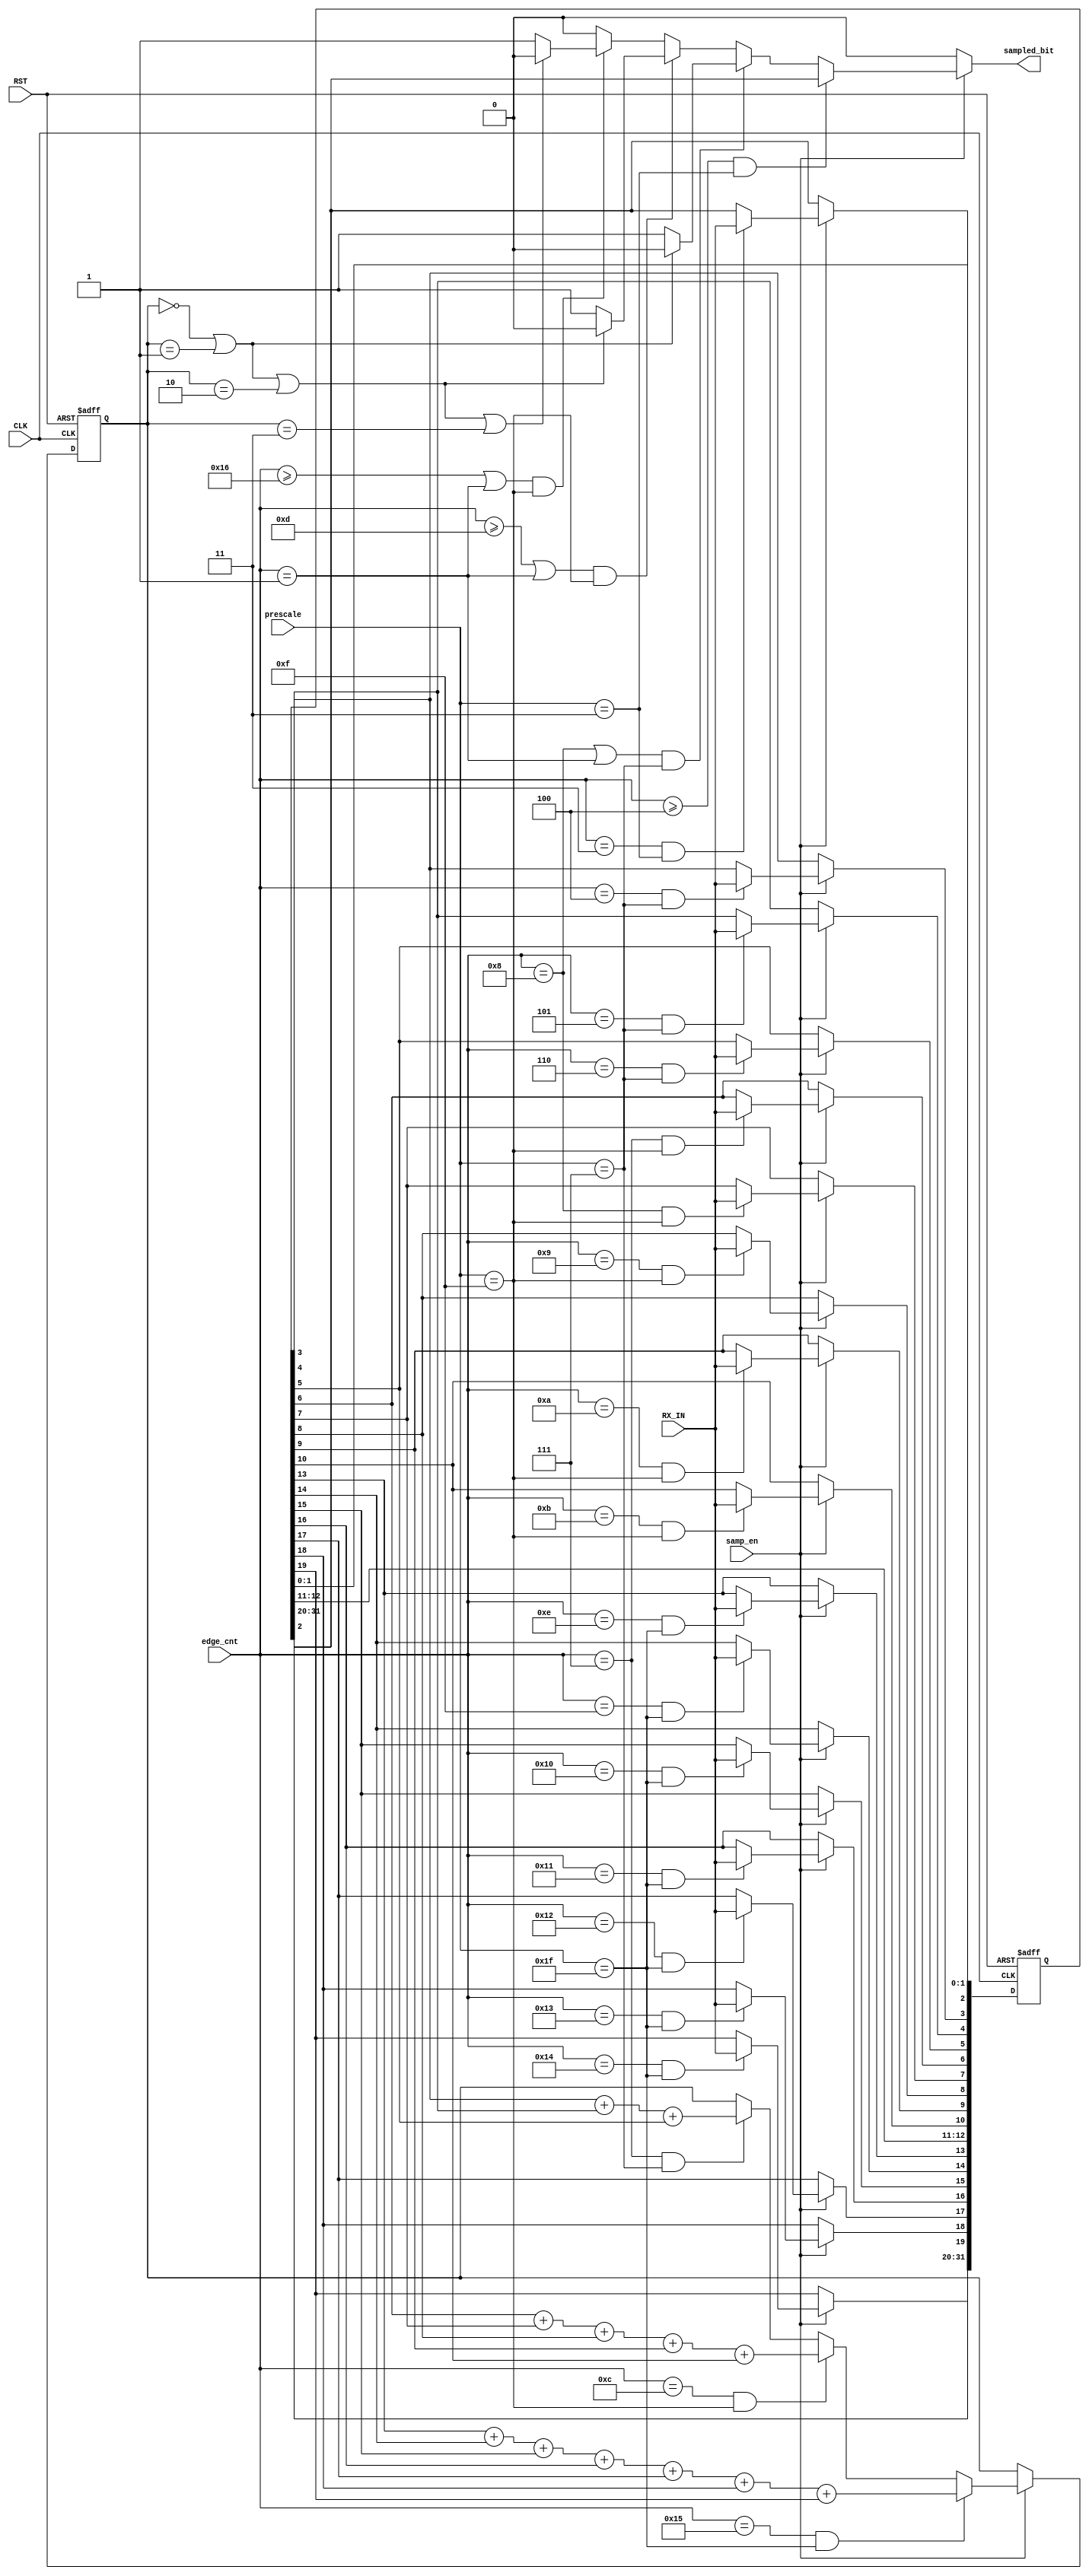
module data_sampling (
 input wire                                               RX_IN,CLK,RST,samp_en,
 input wire             [4:0]                           prescale,
 input wire             [4:0]                           edge_cnt,
 output reg                                              sampled_bit
);

reg                        [31:0]                         edge_bits ;
reg                        [2:0]                           sum ;

always @(*)
 begin
     if (samp_en) 
	  begin
	     if(edge_cnt>=5'b100 & prescale==5'b11)
		  sampled_bit=edge_bits[2] ;
	     
		 else if (((edge_cnt==5'b1000)|(edge_cnt==5'b1)) & (prescale==5'b111))
	      begin
	         if (sum==3'b0 | sum==3'b1)
		      sampled_bit=1'b0 ;
		     else  // if (sum==3'b10 | sum==3'b11)
		      sampled_bit=1'b1 ;
	     end
	 
	     else if (((edge_cnt>=5'b1101)|(edge_cnt==5'b1))&( prescale==5'b1111))
	      begin
	         if (sum==3'b0 | sum==3'b1 | sum==3'b10)
		      sampled_bit=1'b0 ;
		     else
		      sampled_bit=1'b1 ;
	     end
	 
	     else if (((edge_cnt>=5'b10110)|(edge_cnt==5'b1))&(prescale==5'b1111))
	      begin
	         if (sum==3'b0 | sum==3'b1 | sum==3'b10 | sum==3'b11)
		      sampled_bit=1'b0 ;
		     else
		      sampled_bit=1'b1 ;
	     end
	     
		 else
		 sampled_bit=1'b0 ;
		 
	  end
	 
	 else
	  sampled_bit=1'b0 ;
 
 end

always @(posedge CLK or negedge RST)
 begin
     if(!RST)
	  begin
		 edge_bits<=32'b0 ;
		 sum<=3'b0 ;
	  end
	 
	 else if (samp_en) 
	  begin
	     if (edge_cnt==5'b11 & prescale==5'b11)
		  edge_bits[2]<=RX_IN ;
		  
	     if(edge_cnt==5'b100 & prescale==5'b111) 
	      edge_bits[3]<=RX_IN ;
	 
	     if ( edge_cnt==5'b101 & prescale==5'b111)
	      edge_bits[4]<=RX_IN ;
	 
	     if (edge_cnt==5'b110 & prescale==5'b111)
	      edge_bits[5]<=RX_IN ;
	 
	     if (edge_cnt==5'b111 & prescale==5'b1111)
	      edge_bits[6]<=RX_IN ;
	 
	     if (edge_cnt==5'b1000 & prescale==5'b1111)
	      edge_bits[7]<=RX_IN ;
		 
	     if (edge_cnt==5'b1001 & prescale==5'b1111)
	      edge_bits[8]<=RX_IN ;

	     if (edge_cnt==5'b1010 & prescale==5'b1111)
	      edge_bits[9]<=RX_IN ;
		  
	     if (edge_cnt==5'b1011 & prescale==5'b1111)
	      edge_bits[10]<=RX_IN ;
		  
		 if (edge_cnt==5'b1110 & prescale==5'b11111)
		  edge_bits[13]<=RX_IN ;

		 if (edge_cnt==5'b1111 & prescale==5'b11111)
		  edge_bits[14]<=RX_IN ;
		  
		 if (edge_cnt==5'b10000 & prescale==5'b11111)
		  edge_bits[15]<=RX_IN ;
		  
		 if (edge_cnt==5'b10001 & prescale==5'b11111)
		  edge_bits[16]<=RX_IN ;
		 
		 if (edge_cnt==5'b10010 & prescale==5'b11111)
		  edge_bits[17]<=RX_IN ;
		  
		 if (edge_cnt==5'b10011 & prescale==5'b11111)
		  edge_bits[18]<=RX_IN ;
		  
		 if (edge_cnt==5'b10100 & prescale==5'b11111)
		  edge_bits[19]<=RX_IN ;
		  
	     if(edge_cnt==5'b111 & prescale==5'b111)
	      sum<=edge_bits[3]+edge_bits[4]+edge_bits[5] ;
	  
	     if(edge_cnt==5'b1100 & prescale==5'b1111)
	      sum<=edge_bits[6]+edge_bits[7]+edge_bits[8]+edge_bits[9]+edge_bits[10] ;
	  
	     if(edge_cnt==5'b10101 & prescale==5'b11111)
	      sum<=edge_bits[13]+edge_bits[14]+edge_bits[15]+edge_bits[16]+edge_bits[17]+edge_bits[18]+edge_bits[19] ;
		  
	  end
	 
 end
 
endmodule